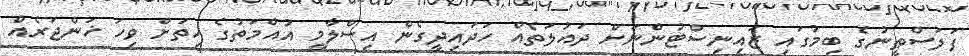
ފަލަސްޠީނުގެ ބިމުގައި ޒައިނިސްޓުންނަށް ދައުލަތެއް ހަދައިދީގެން އިސްލާމީ އުއްމަތުގެ ހިތަށް ވިހަ ޚަންޖަރެއް